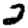
Digit: 2